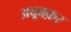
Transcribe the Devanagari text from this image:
अबूबक़र